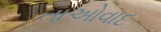
તાઓવાદ